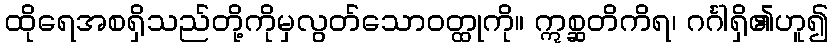
ထိုရေအစရှိသည်တို့ကိုမှလွတ်သောဝတ္ထုကို။ ဣစ္ဆတိကိရ၊ ဂင်္ဂါရှိ၏ဟူ၍